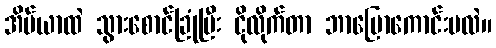
အိပ်ယာထဲ သွားစောင်ခြုံပြီး ငိုလိုက်တာ ဘာပြောကောင်းမလဲ။